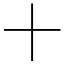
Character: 十